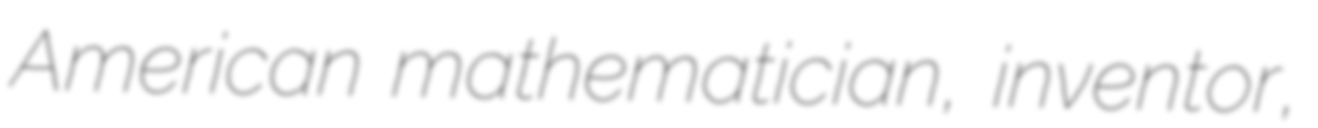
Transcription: American mathematician, inventor,